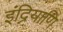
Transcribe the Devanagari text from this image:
इंद्रियाणि